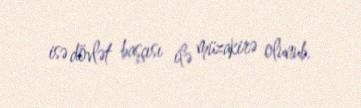
isə dövlət başçısı ilə müzakirə olunub.